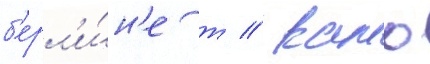
б'ерл'и́н'е т // Камо